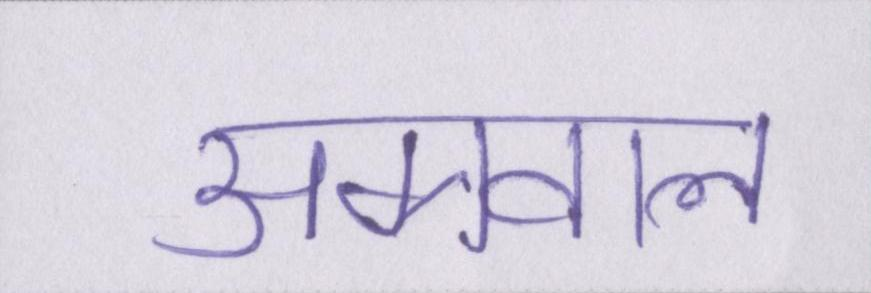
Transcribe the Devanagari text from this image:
अग्रवाल